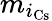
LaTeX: m_{i_{\mathrm{Cs}}}